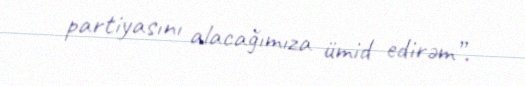
partiyasını alacağımıza ümid edirəm”.